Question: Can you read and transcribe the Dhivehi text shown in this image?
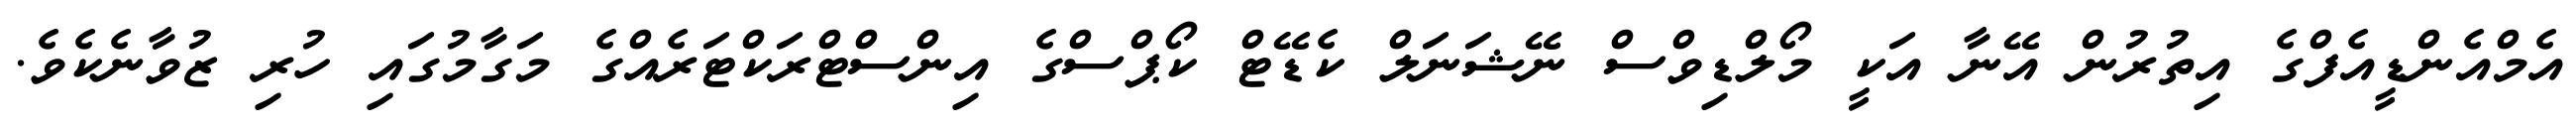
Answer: އެމްއެންޑީއެފްގެ އިތުރުން އޭނާ އަކީ މޯލްޑިވްސް ނޭޝަނަލް ކެޑޭޓް ކޯޕްސްގެ އިންސްޓްރަކްޓަރެއްގެ މަގާމުގައި ހުރި ޒުވާނެކެވެ.